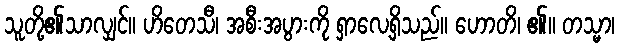
သူတို့၏သာလျှင်။ ဟိတေသီ၊ အစီးအပွားကို ရှာလေ့ရှိသည်။ ဟောတိ၊ ၏။ တသ္မာ၊